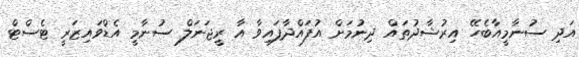
އަދި ސުނާމީއާބެހޭ އިރުޝާދުތައް ދިނުމަށް އުފައްދާފައިވާ އާ ރީޖަނަލް ސުނާމީ އެޑްވައިޒަރީ ޓެސްޓް